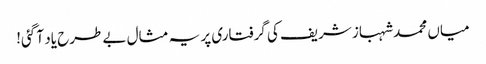
میاں محمد شہباز شریف کی گرفتاری پر یہ مثال بے طرح یاد آ گئی!